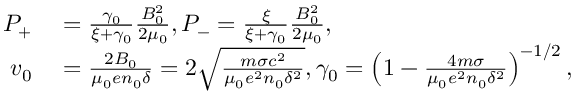
\begin{array} { r l } { P _ { + } } & { { } = \frac { \gamma _ { 0 } } { \xi + \gamma _ { 0 } } \frac { B _ { 0 } ^ { 2 } } { 2 \mu _ { 0 } } , P _ { - } = \frac { \xi } { \xi + \gamma _ { 0 } } \frac { B _ { 0 } ^ { 2 } } { 2 \mu _ { 0 } } , } \\ { v _ { 0 } } & { { } = \frac { 2 B _ { 0 } } { \mu _ { 0 } e n _ { 0 } \delta } = 2 \sqrt { \frac { m \sigma c ^ { 2 } } { \mu _ { 0 } e ^ { 2 } n _ { 0 } \delta ^ { 2 } } } , \gamma _ { 0 } = \left( 1 - \frac { 4 m \sigma } { \mu _ { 0 } e ^ { 2 } n _ { 0 } \delta ^ { 2 } } \right) ^ { - 1 / 2 } , } \end{array}